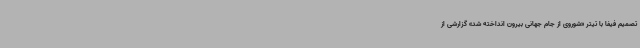
تصمیم فیفا با تیتر «شوروی از جام جهانی بیرون انداخته شد» گزارشی از